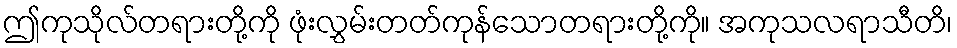
ဤကုသိုလ်တရားတို့ကို ဖုံးလွှမ်းတတ်ကုန်သောတရားတို့ကို။ အကုသလရာသီတိ၊